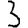
Digit: 3